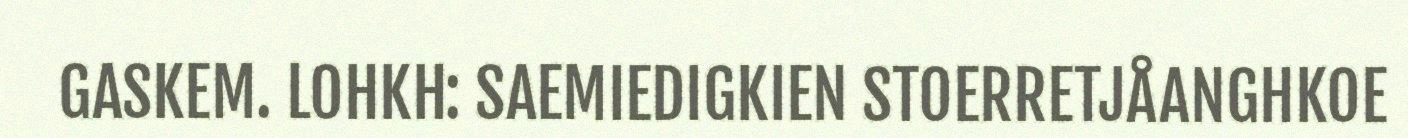
GASKEM. LOHKH: SAEMIEDIGKIEN STOERRETJÅANGHKOE